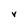
Character: v